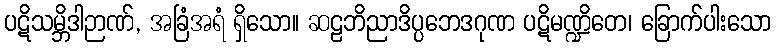
ပဋိသမ္ဘိဒါဉာဏ်, အခြံအရံ ရှိသော။ ဆဠဘိညာဒိပ္ပဘေဒဂုဏ ပဋိမဏ္ဍိတေ၊ ခြောက်ပါးသော